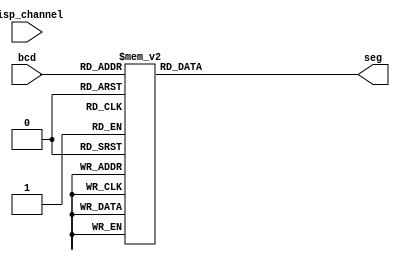
module seg7_0_99(
    seg,
    disp_channel,
    bcd
  );

  //? 1 => Right
  //? 2 => Left

  output [6:0] seg;
  reg [6:0] seg;

  input [1:0] disp_channel;
  input [3:0] bcd;

  // always block for converting bcd digit into 7 segment format
  always @(bcd)
  begin
    case (bcd)
      0 :
        seg = 7'b0000001;
      1 :
        seg = 7'b1001111;
      2 :
        seg = 7'b0010010;
      3 :
        seg = 7'b0000110;
      4 :
        seg = 7'b1001100;
      5 :
        seg = 7'b0100100;
      6 :
        seg = 7'b0100000;
      7 :
        seg = 7'b0001111;
      8 :
        seg = 7'b0000000;
      9 :
        seg = 7'b0000100;
      //switch off 7 segment character when the bcd digit is not a decimal number.
      default :
        seg = 7'b1111111;
    endcase
  end

endmodule